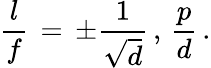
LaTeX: {\frac{l}{f}}\, =\, \pm{\frac{1}{\sqrt{d}}}\, ,\, {\frac{p}{d}}\, .